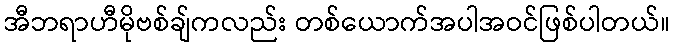
အီဘရာဟီမိုဗစ်ချ်ကလည်း တစ်ယောက်အပါအဝင်ဖြစ်ပါတယ်။